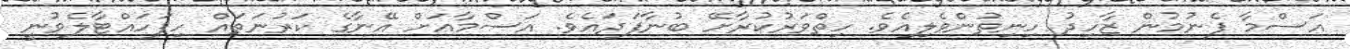
އަސްމާ ފެނުމުން ޒާހިދު ހިނިތުންވެލިއެވެ. ހިތްވަރުކުރާށޭ ބުނާފަދައެވެ. އަސްމާއަށް އޭނާގެ ކަރުނަތައް ހިފަހައްޓާލެވުނީ